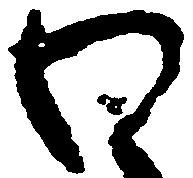
わ